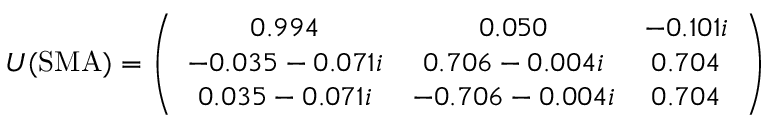
U ( \mathrm { S M A } ) = \left( \begin{array} { c c c } { { 0 . 9 9 4 } } & { { 0 . 0 5 0 } } & { { - 0 . 1 0 1 i } } \\ { { - 0 . 0 3 5 - 0 . 0 7 1 i } } & { { 0 . 7 0 6 - 0 . 0 0 4 i } } & { { 0 . 7 0 4 } } \\ { { 0 . 0 3 5 - 0 . 0 7 1 i } } & { { - 0 . 7 0 6 - 0 . 0 0 4 i } } & { { 0 . 7 0 4 } } \end{array} \right)